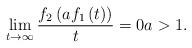
LaTeX: \begin{align*}\lim_{t\rightarrow \infty }\frac{f_{2}\left( af_{1}\left( t\right) \right) }{t}=0a>1. \end{align*}